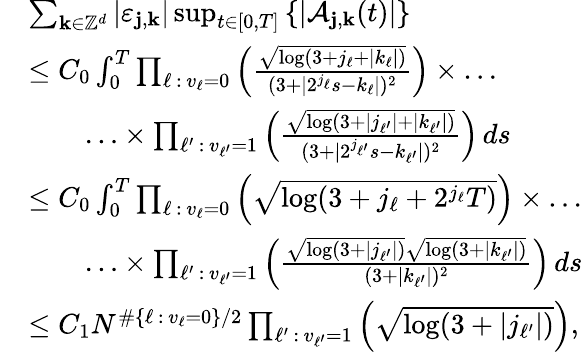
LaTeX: \begin{array}{rl}&{\sum_{\mathbf{k}\in\mathbb{Z}^{d}}\left|\varepsilon_{\mathbf{j},\mathbf{k}}\right|\operatorname*{sup}_{t\in[0,T]}\left\{ \left|\mathcal{A}_{\mathbf{j},\mathbf{k}}(t)\right|\right\} }\\ &{\leq C_{0}\int_{0}^{T}\prod_{\ell\, :\, v_{\ell}=0}\left(\frac{\sqrt{\log(3+j_{\ell}+|k_{\ell}|)}}{(3+|2^{j_{\ell}}s-k_{\ell}|)^{2}}\right)\times\ldots}\\ &{\qquad\ldots\times\prod_{\ell^{\prime}\, :\, v_{\ell^{\prime}}=1}\left(\frac{\sqrt{\log(3+|j_{\ell^{\prime}}|+|k_{\ell^{\prime}}|)}}{(3+|2^{j_{\ell^{\prime}}}s-k_{\ell^{\prime}}|)^{2}}\right)\, ds}\\ &{\leq C_{0}\int_{0}^{T}\prod_{\ell\, :\, v_{\ell}=0}\left(\sqrt{\log(3+j_{\ell}+2^{j_{\ell}}T)}\right)\times\ldots}\\ &{\qquad\ldots\times\prod_{\ell^{\prime}\, :\, v_{\ell^{\prime}}=1}\left(\frac{\sqrt{\log(3+|j_{\ell^{\prime}}|)}\sqrt{\log(3+|k_{\ell^{\prime}}|)}}{(3+|k_{\ell^{\prime}}|)^{2}}\right)\, ds}\\ &{\leq C_{1}N^{\# \{ \ell\, :\, v_{\ell}=0\} /2}\prod_{\ell^{\prime}\, :\, v_{\ell^{\prime}}=1}\left(\sqrt{\log(3+|j_{\ell^{\prime}}|)}\right),}\end{array}